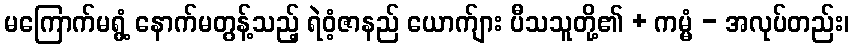
မကြောက်မရွံ့ နောက်မတွန့်သည့် ရဲဝံ့ဇာနည် ယောက်ျား ပီသသူတို့၏ + ကမ္မံ - အလုပ်တည်း၊